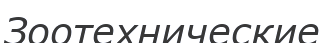
Зоотехнические